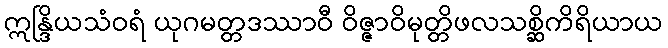
ဣန္ဒြိယသံဝရံ ယုဂမတ္တဒဿာဝီ ဝိဇ္ဇာဝိမုတ္တိဖလသစ္ဆိကိရိယာယ